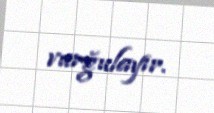
vurğulayır.